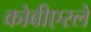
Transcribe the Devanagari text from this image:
कोबीएरले